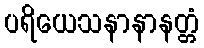
ပရိယေသနာနာနတ္တံ